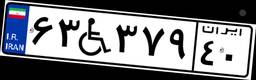
۷۲W۲۷۷۷۲